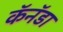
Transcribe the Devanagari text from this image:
कॅनॅडा